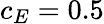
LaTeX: c_{E}=0.5